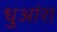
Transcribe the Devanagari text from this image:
धुआंरा